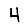
Digit: 4